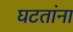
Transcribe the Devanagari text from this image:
घटतांना